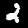
Label: 2